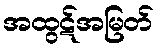
အထွဋ်အမြတ်